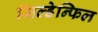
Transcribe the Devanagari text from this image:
सिल्डेन्फिल